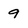
Character: 9